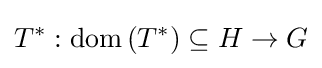
T^{*}:\operatorname {dom} \left(T^{*}\right)\subseteq H\to G